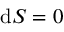
\mathrm { d } S = 0